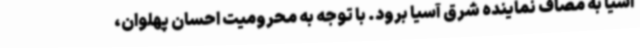
آسیا به مصاف نماینده شرق آسیا برود. با توجه به محرومیت احسان پهلوان،